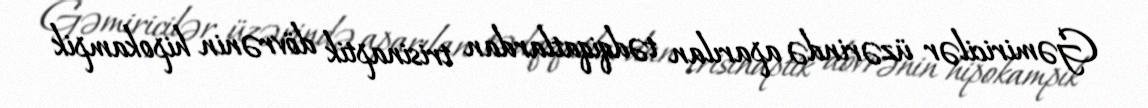
Gəmiricilər üzərində aparılan tədqiqatlardan trisinaptik dövrənin hipokampik